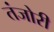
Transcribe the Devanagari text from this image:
तंजोरी